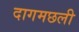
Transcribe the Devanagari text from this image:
दागमछली